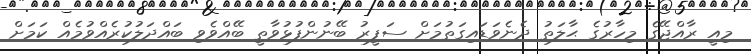
މިއީ ރާއްޖޭގެ މިހާރުގެ ޙާލަތު ދެނެވަޑައިގަތުމަށް ސަފީރު ބޭނުންފުޅުވާތީ ބޭއްވެވި ބައްދަލުކުރެއްވުމެއް ކަމަށް